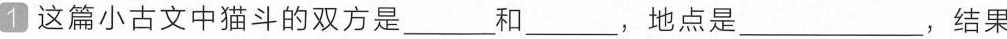
1 这篇小古文中猫斗的双方是___和___，地点是___，结果